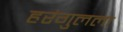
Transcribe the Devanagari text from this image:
हरंगुलला